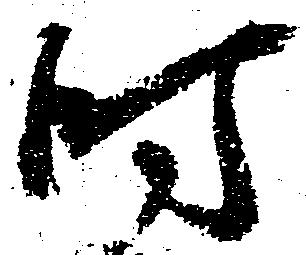
時